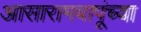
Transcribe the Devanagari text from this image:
आसारामबापूंच्या